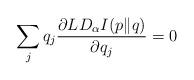
LaTeX: \begin{align*}\sum_{j}q_{j}\frac{\partial LD_{\alpha}I(p\|q)}{\partial q_{j}}=0\end{align*}